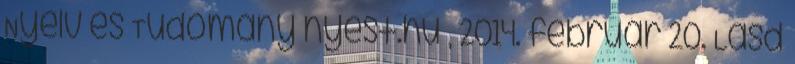
Nyelv és Tudomány nyest.hu , 2014. február 20. Lásd